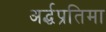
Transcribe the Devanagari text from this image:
अर्द्धप्रतिमा